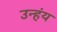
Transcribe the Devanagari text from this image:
उन्हंय